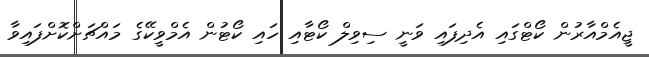
ޖީއެމްއާރުން ކޯޓްގައި އެދިފައި ވަނީ ސިވިލް ކޯޓާއި ހައި ކޯޓުން އެމްވީކޭގެ މައްޗަށްކޮށްފައިވާ